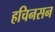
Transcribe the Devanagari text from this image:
हचिनसन